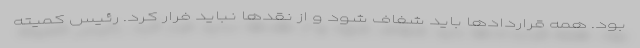
بود. همه قراردادها باید شفاف شود و از نقدها نباید فرار کرد. رئیس کمیته